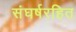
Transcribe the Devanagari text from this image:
संघर्षरहित